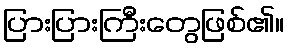
ပြားပြားကြီးတွေဖြစ်၏။